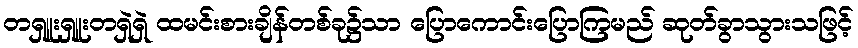
တရှူးရှူးတရှဲရှဲ ထမင်းစားချိန်တစ်ခု၌သာ ပြောကောင်းပြောကြမည် ဆုတ်ခွာသွားသဖြင့်